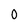
Character: 0